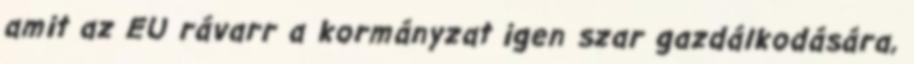
amit az EU rávarr a kormányzat igen szar gazdálkodására,